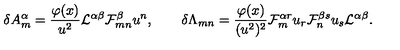
\delta A _ { m } ^ { \alpha } = { \frac { \varphi ( x ) } { u ^ { 2 } } } { \cal L } ^ { \alpha \beta } { \cal F } _ { m n } ^ { \beta } u ^ { n } , \qquad \delta \Lambda _ { m n } = { \frac { \varphi ( x ) } { ( u ^ { 2 } ) ^ { 2 } } } { \cal F } _ { m } ^ { \alpha r } u _ { r } { \cal F } _ { n } ^ { \beta s } u _ { s } { \cal L } ^ { \alpha \beta } .